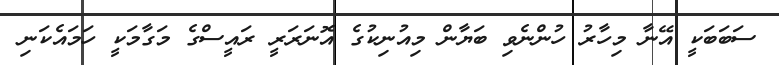
ސަބަބަކީ އޭނާ މިހާރު ހުންނެވި ބަޔާން މިއުނިކުގެ އޮނަރަރީ ރައީސްގެ މަގާމަކީ ހަމައެކަނި